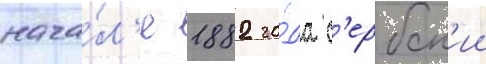
нача́л'е 1882 го́да с'ербск'ии